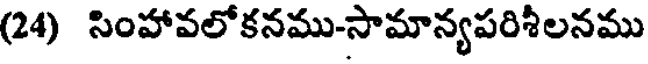
(24) సింహావలోకనము-సామాన్యపరిశీలనము